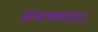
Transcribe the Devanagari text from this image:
संभाषणांवर